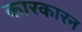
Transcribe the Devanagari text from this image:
कारकारन